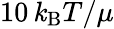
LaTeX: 10\, \mathit{k}_{\mathrm{{B}}}T/\mu